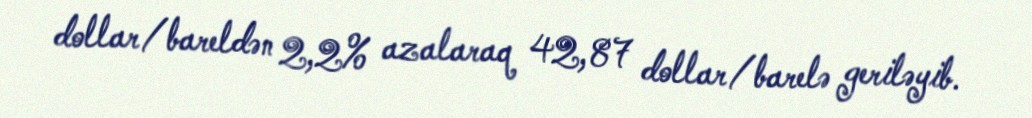
dollar/bareldən 2,2% azalaraq 42,87 dollar/barelə geriləyib.